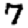
Digit: 7